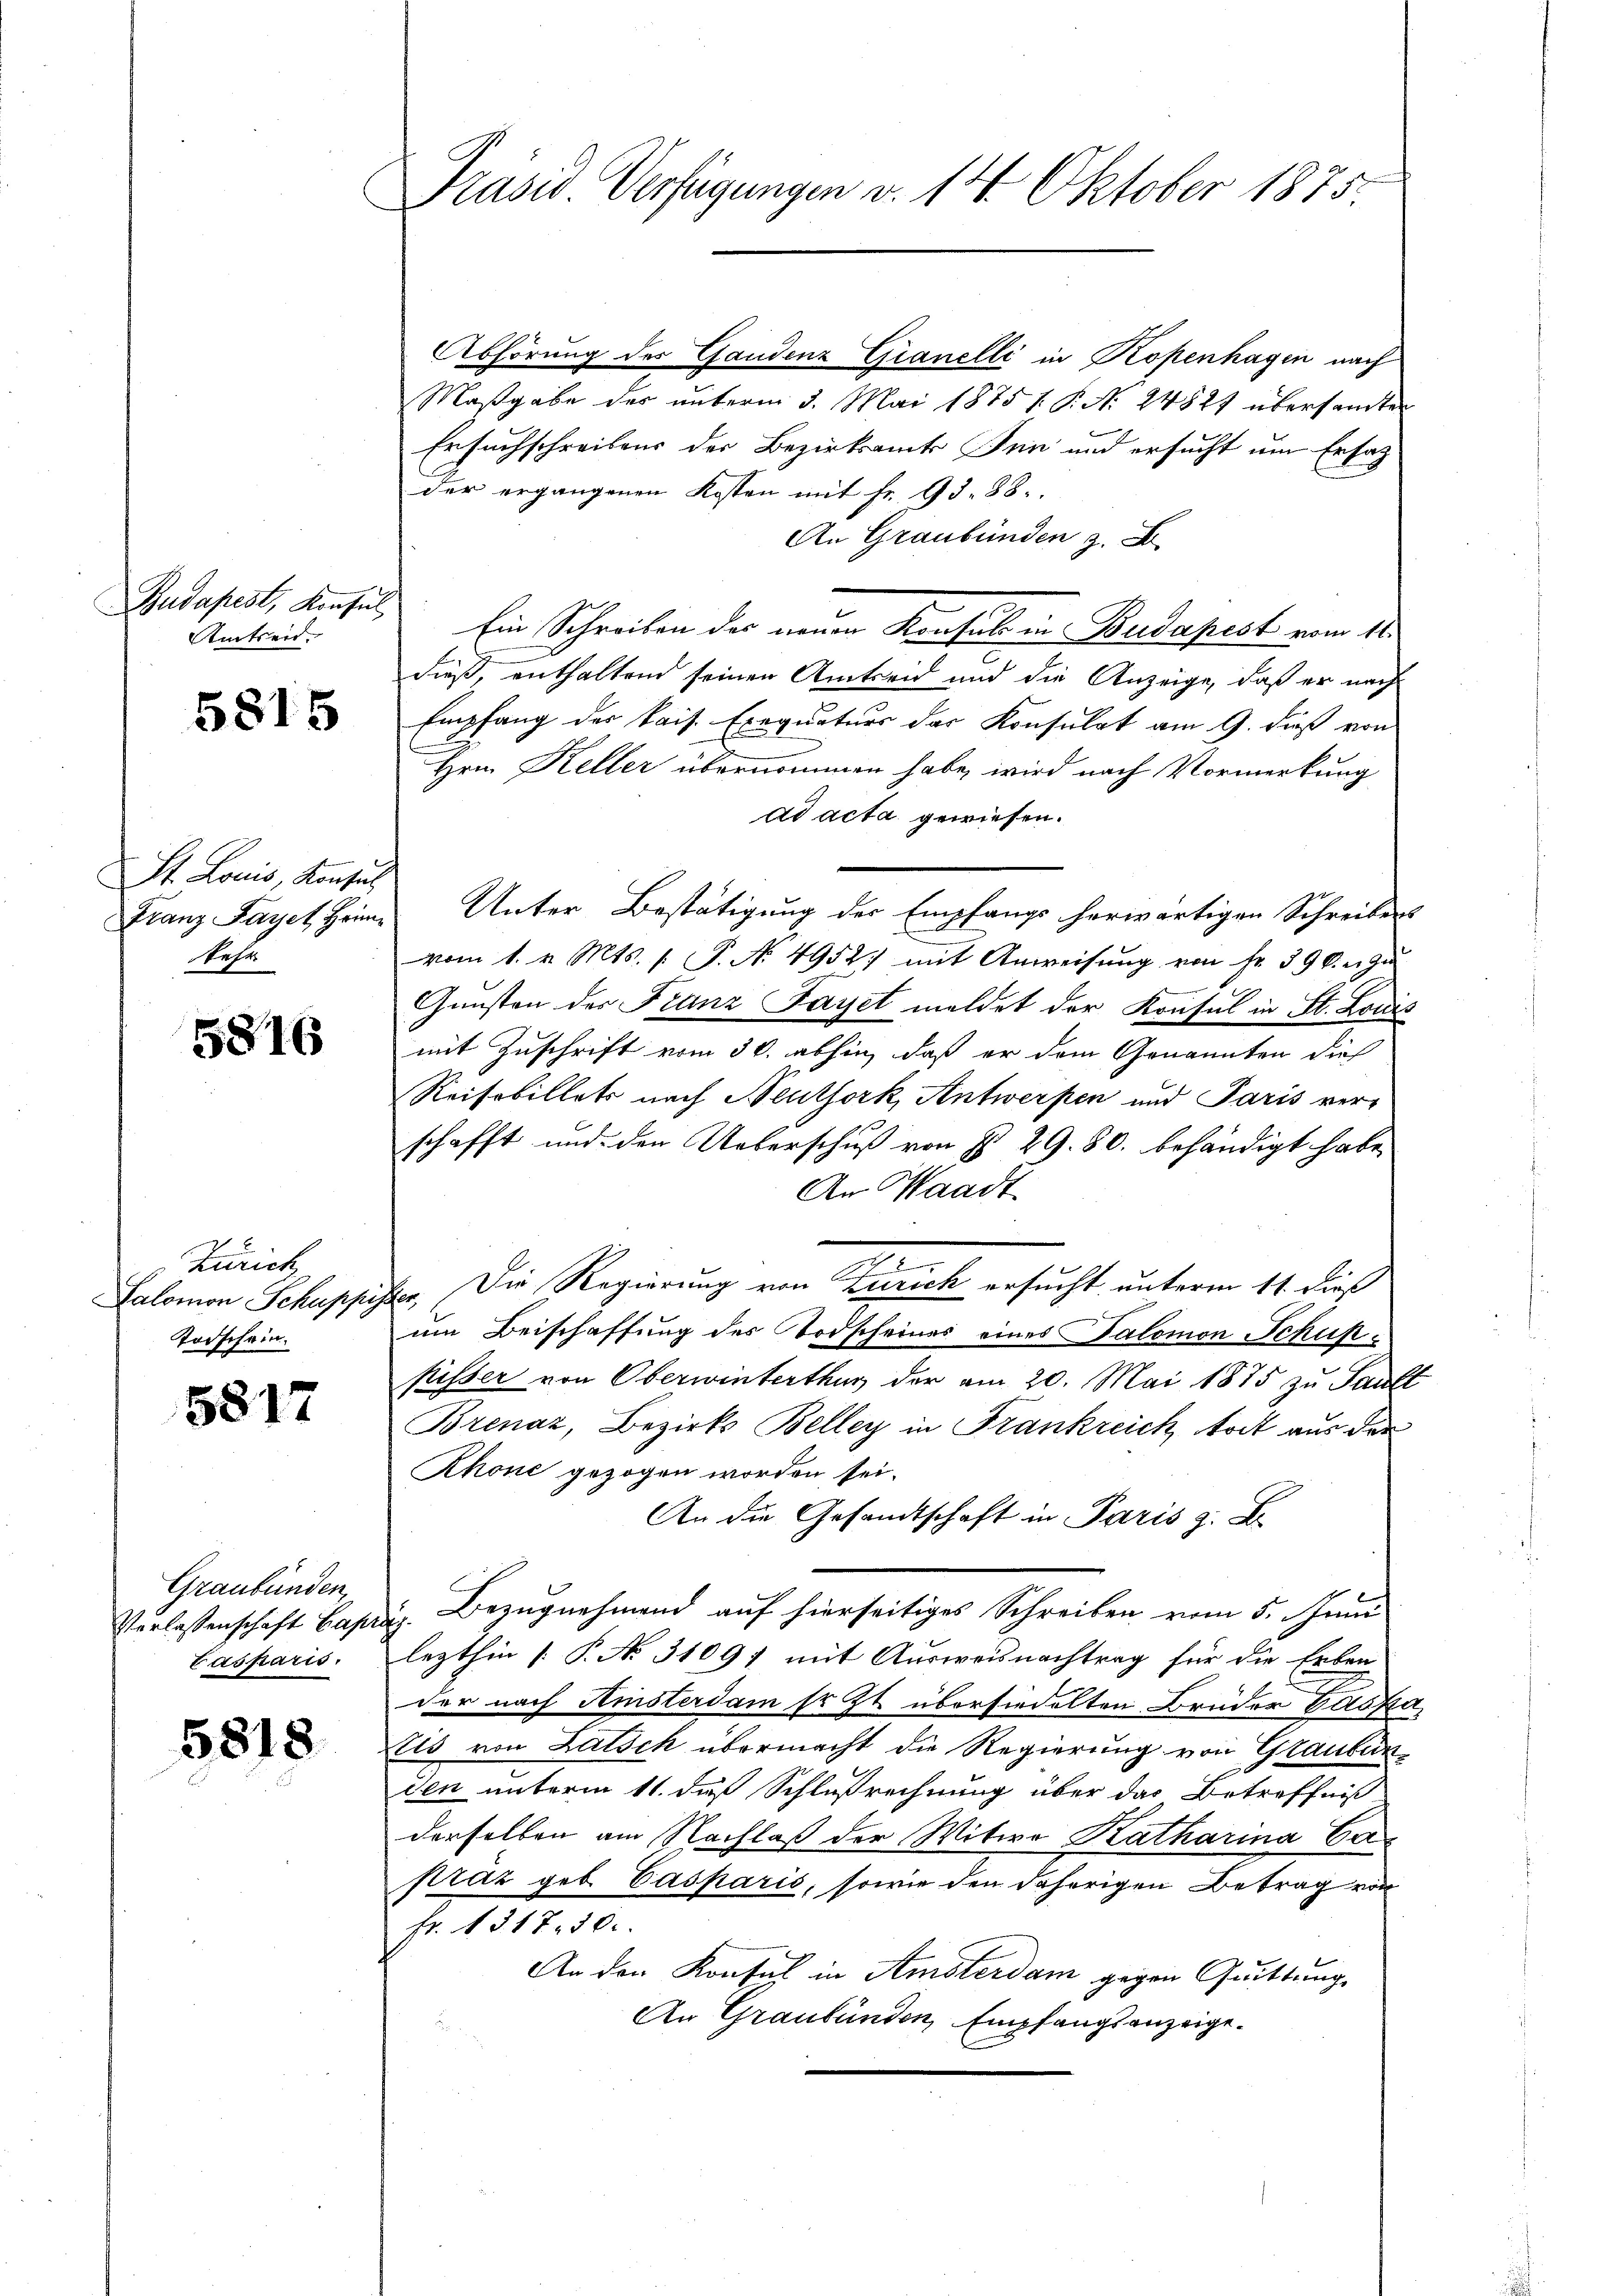
Budapest, Konsul
Amtren

5815

St. Louis, Konsul
Franz Fayet Heimehr

5816

Zürich
Salomon Schuppiz.
Todschein.

5817

Graubünden,
Verlassenschaft Capi
Cassaris.

5818.

Präsid Verfügungen d. 14. Oktober 1875.

Abhörung des Gandenz Gianelli in Kopenhagen nach
Maßgabe des unterm 3. Mai 1875 f. P. N. 24827 übersamten
Ersuchschreibens der Bezirksamts Tun und ersucht um Ersatz
der ergangenen Kosten mit fr. 98. 88.
An Graubünden
Ein Schreiben des neuen Konsuls in Budapest vom 11.
dieß, enthaltend seinen Amtseid und die Anzeige, daß er nach
Empfang der kais. Exequaturs der Konsulat am 9. dieß von
Hrn. Keller übernommen habe, wird nach Vormerkung
ad acta gewiesen.
Unter Bestätigung der Empfangs herwärtigen Schreibens
vom 1. v. Mts. 1. P. No 4952. mit Anweisung von Fr. 396. u. zu
Gunsten des Franz Fayet meldet der Konsul in St. Louis
mit Zuschrift vom 30. abhin, daß er dem Genannten die
Reisebillets nach Neuthork, Antwerfen und Paris ver-
schafft und den Ueberschuß von § 29. 80. behändigt habe,
An Waadt
Ver. Die Regierung von Zürich ersucht unterm 11. dieß
um Beischaffung des Todscheines eines Salomon Schuhpisser von Oberwinterthur der am 20. Mai 1875 zu Sault
Brenaz, Bezirks Beller in Frankreich todt aus der
Rhone gezogen worden sei.
An die Gesandtschaft in Paris z. B.
i. Bezugnehmend auf hierseitiges Schreiben vom 5. Juni
lezthin [P. No. 31091 mit Ausweisnachtrag für die Erben
der nach Amsterdam sr. Zt. übersiedelten Brüder Gaska
Eis von Latick übermacht die Regierung von Glauben
den unterm 11. daß Schlußrechnung über das Betreffniß
derselben am Nachlaß der Witwe Katharina Capraz geb. Casparis, sowie den daherigen Betrag von
Fr. 1317. 50.
An den Konsul in Amsterdam gegen Quittung,
An Graubünden Empfangsanzeige.